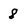
Character: 8